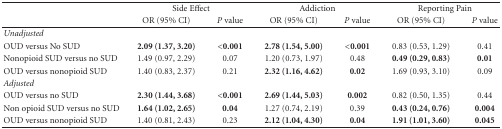
|  | <COLSPAN=2> Side Effect | <COLSPAN=2> Addiction | <COLSPAN=2> Reporting Pain |
 |  | OR (95% CI) | P value | OR (95% CI) | P value | OR (95% CI) | P value |
 | --- | --- | --- | --- | --- | --- | --- |
 | Unadjusted |  |  |  |  |  |  |
 | OUD versus No SUD | 2.09 (1.37, 3.20) | <0.001 | 2.78 (1.54, 5.00) | <0.001 | 0.83 (0.53, 1.29) | 0.41 |
 | Nonopioid SUD versus no SUD | 1.49 (0.97, 2.29) | 0.07 | 1.20 (0.73, 1.97) | 0.48 | 0.49 (0.29, 0.83) | 0.01 |
 | OUD versus nonopioid SUD | 1.40 (0.83, 2.37) | 0.21 | 2.32 (1.16, 4.62) | 0.02 | 1.69 (0.93, 3.10) | 0.09 |
 | Adjusted |  |  |  |  |  |  |
 | OUD versus no SUD | 2.30 (1.44, 3.68) | <0.001 | 2.69 (1.44, 5.03) | 0.002 | 0.82 (0.50, 1.35) | 0.44 |
 | Non opioid SUD versus no SUD | 1.64 (1.02, 2.65) | 0.04 | 1.27 (0.74, 2.19) | 0.39 | 0.43 (0.24, 0.76) | 0.004 |
 | OUD versus nonopioid SUD | 1.40 (0.81, 2.43) | 0.23 | 2.12 (1.04, 4.30) | 0.04 | 1.91 (1.01, 3.60) | 0.045 |